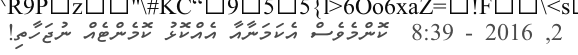
2